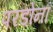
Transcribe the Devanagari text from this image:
परडोना